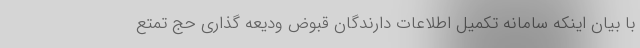
با بیان اینکه سامانه تکمیل اطلاعات دارندگان قبوض ودیعه گذاری حج تمتع